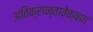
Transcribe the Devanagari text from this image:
अतिक्रान्तावेक्षण